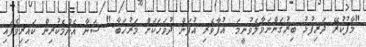
"މާފުކުރޭ ދަރިފުޅު ބިރުގަންނަވާލެވުނީމަ. އުފާވެރި އުފަން ދުވަހަކަށް މަރުހަބާ." ސަނާ އެންމެކުރިން ކައިރިވެފައި